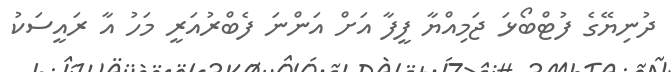
ދުނިޔޭގެ ފުޓްބޯޅަ ޖަމިއްޔާ ފީފާ އަށް އަންނަ ފެބްރުއަރީ މަހު އާ ރައީސަކު